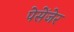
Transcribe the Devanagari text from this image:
पेसेंजेर